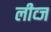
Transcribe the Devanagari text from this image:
लीव्ज